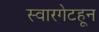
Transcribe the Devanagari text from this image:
स्वारगेटहून